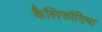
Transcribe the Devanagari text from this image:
कैलिफॉनिया